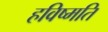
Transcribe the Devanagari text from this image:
हविष्मति